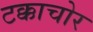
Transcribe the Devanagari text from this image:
टक्काचोर